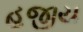
હજીય